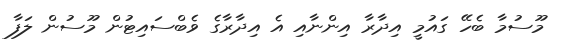
މޫސުމާ ބެހޭ ގައުމީ އިދާރާ އިންނާއި އެ އިދާރާގެ ވެބްސައިޓުން މޫސުން ލަފާ